Report of cholera committee
Disease focus: Cholera
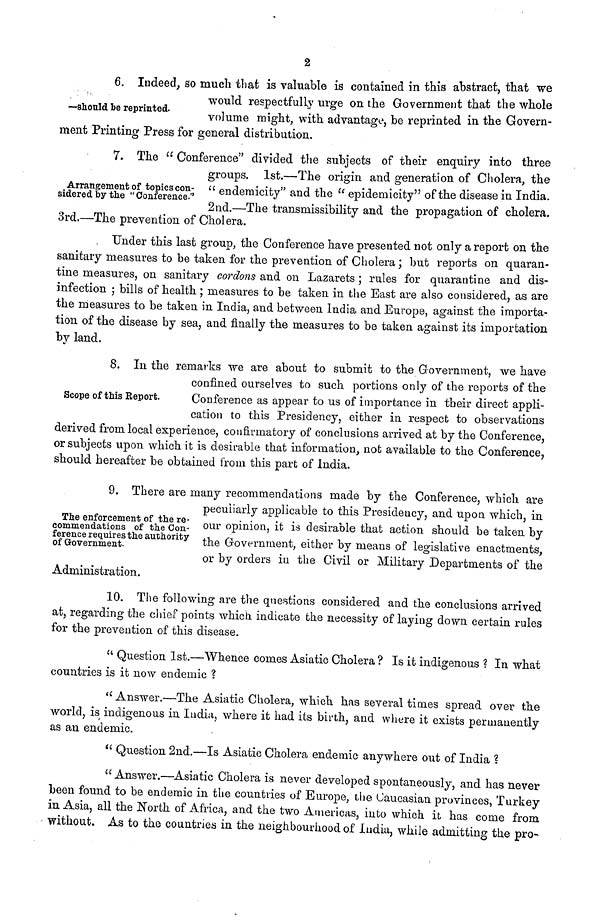
2
—should be reprinted.
6. Indeed, so much that is valuable is contained in this abstract, that we
would respectfully urge on the Government that the whole
volume might, with advantage, be reprinted in the Govern-
ment Printing Press for general distribution.
Arrangement of topics con-
sidered by the " Conference."
7. The " Conference" divided the subjects of their enquiry into three
groups. 1st.—The origin and generation of Cholera, the
" endemicity" and the " epidemicity" of the disease in India.
2nd.—The transmissibility and the propagation of cholera.
3rd.—The prevention of Cholera.
Under this last group, the Conference have presented not only a report on the
sanitary measures to be taken for the prevention of Cholera ; but reports on quaran-
tine measures, on sanitary cordons and on Lazarets ; rules for quarantine and dis-
infection ; bills of health ; measures to be taken in the East are also considered, as are
the measures to be taken in India, and between India and Europe, against the importa-
tion of the disease by sea, and finally the measures to be taken against its importation
by land.
Scope of this Report.
8. In the remarks we are about to submit to the Government, we have
confined ourselves to such portions only of the reports of the
Conference as appear to us of importance in their direct appli-
cation to this Presidency, either in respect to observations
derived from local experience, confirmatory of conclusions arrived at by the Conference,
or subjects upon which it is desirable that information, not available to the Conference,
should hereafter be obtained from this part of India.
The enforcement of the re-
commendations of the Con-
ference requires the authority
of Government.
9. There are many recommendations made by the Conference, which are
peculiarly applicable to this Presidency, and upon which, in
our opinion, it is desirable that action should be taken by
the Government, either by means of legislative enactments,
or by orders iu the Civil or Military Departments of the
Administration.
10. The following are the questions considered and the conclusions arrived
at, regarding the chief points which indicate the necessity of laying down certain rules
for the prevention of this disease.
" Question 1st.—Whence comes Asiatic Cholera ? Is it indigenous ? In what
countries is it now endemic ?
"Answer.—The Asiatic Cholera, which has several times spread over the
world, is indigenous in India, where it had its birth, and where it exists permanently
as an endemic.
" Question 2nd.—Is Asiatic Cholera endemic anywhere out of India ?
" Answer.—Asiatic Cholera is never developed spontaneously, and has never
been found to be endemic in the countries of Europe, the Caucasian provinces, Turkey
in Asia, all the North of Africa, and the two Americas, into which it has come from
• without. As to the countries in the neighbourhood of India, while admitting the pro-